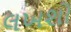
લખશો